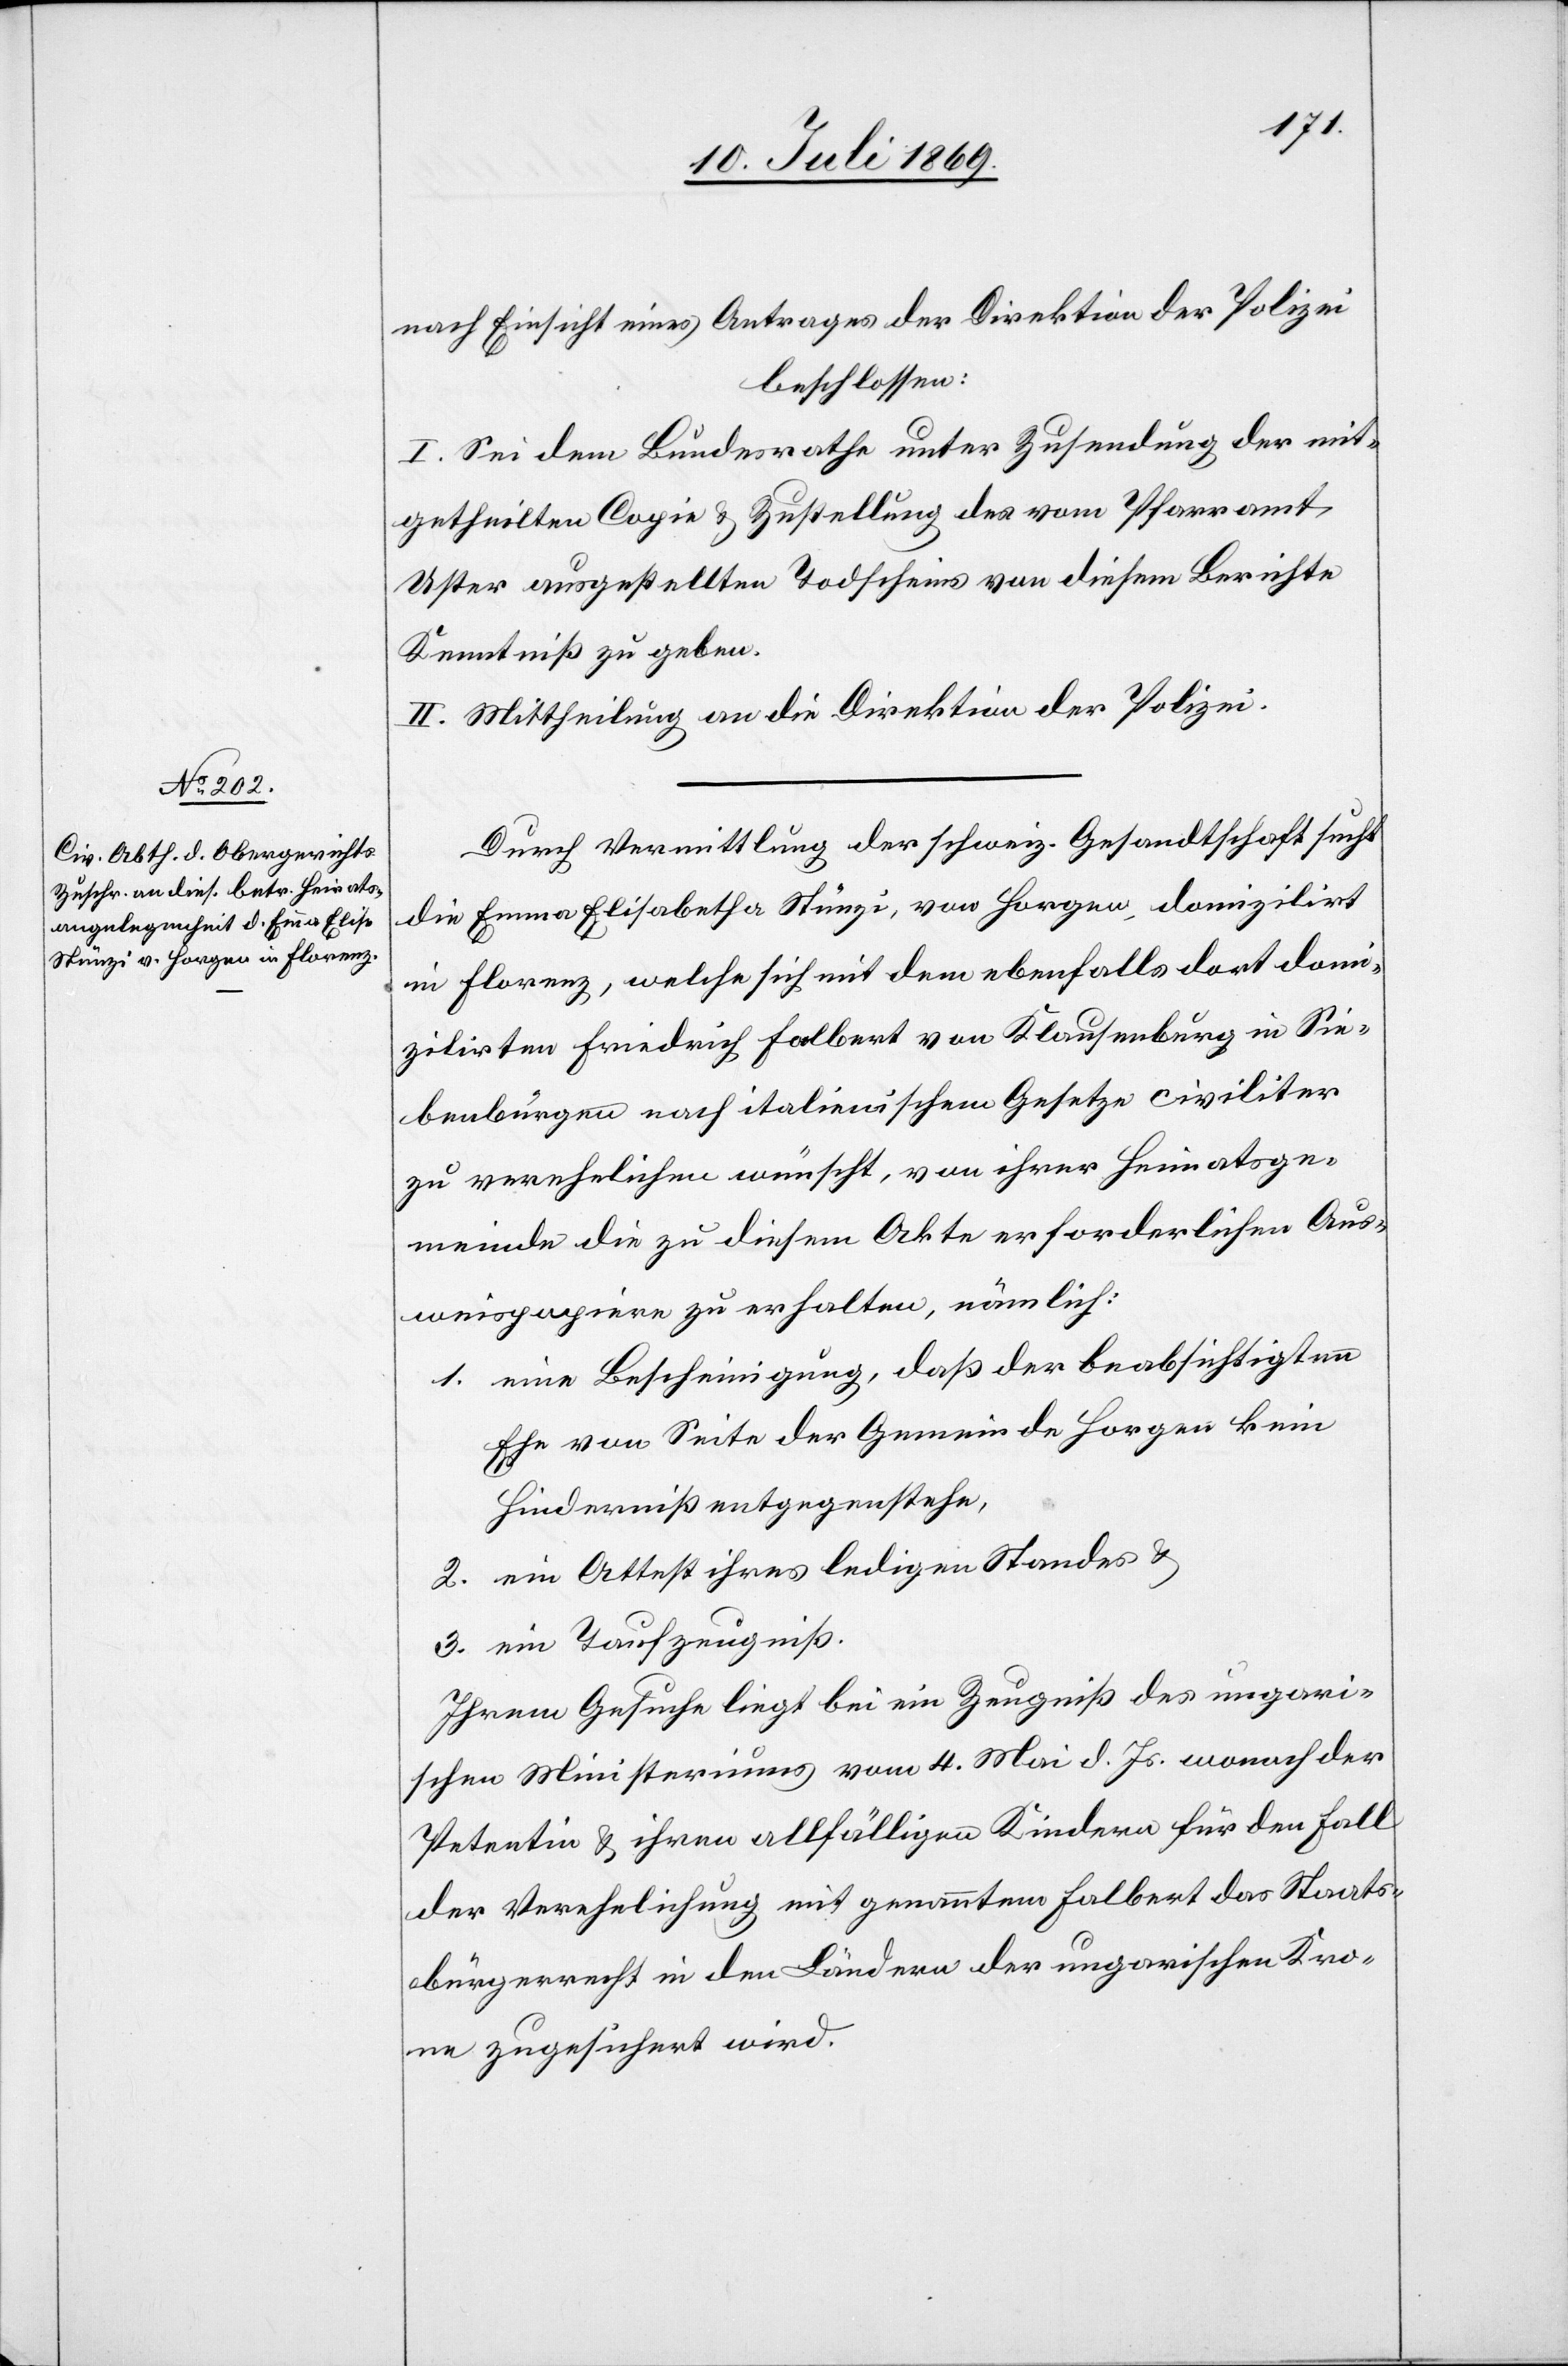
nach Einsicht eines Antrages der Direktion der Polizei
beschlossen:
I. Sei dem Bundesrathe unter Zusendung der mit¬
getheilten Copie u. Zustellung des vom Pfarramt
Uster ausgestellten Todscheins von diesem Berichte
Kenntniß zu geben.
II. Mittheilung an die Direktion der Polizei.
Durch Vermittlung der schweiz. Gesandtschaft sucht
die Emma Elisabetha Stünzi, von Horgen, domilizirt
in Florenz, welche sich mit dem ebenfalls dort domili¬
zirten Friedrich Falbert von Klausenburg in Sie¬
benbürgen nach italienischem Gesetze civiliter
zu verehelichen wünscht, von ihrer Heimatsge¬
meinde die zu diesem Akte erforderlichen Aus¬
weispapiere zu erhalten, nämlich:
1. eine Bescheinigung, daß der beabsichtigten
Ehe von Seite der Gemeinde Horgen kein
Hinderniß entgegenstehe,
2. ein Attest ihres ledigen Standes u.
3. ein Taufzeugniß.
Ihrem Gesuche liegt bei ein Zeugniß des ungari¬
schen Ministeriums vom 4 Mai d. Js. wonach der
Petentin u. ihren allfälligen Kindern für den Fall
der Verehelichung mit genanntem Falbert das Staats¬
bürgerrecht in den Ländern der ungarischen Kro¬
ne zugesichert wird.